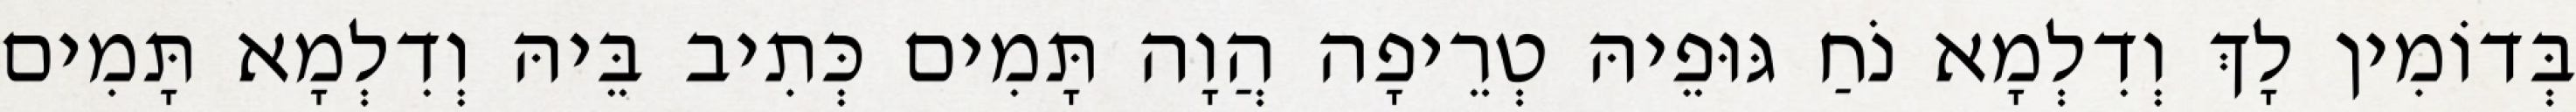
בְּדוֹמִין לָךְ וְדִלְמָא נֹחַ גּוּפֵיהּ טְרֵיפָה הֲוָה תָּמִים כְּתִיב בֵּיהּ וְדִלְמָא תָּמִים